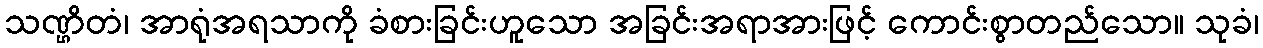
သဏ္ဌိတံ၊ အာရုံအရသာကို ခံစားခြင်းဟူသော အခြင်းအရာအားဖြင့် ကောင်းစွာတည်သော။ သုခံ၊